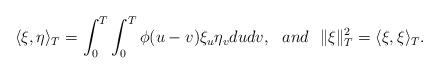
LaTeX: \begin{align*} \langle \xi,\eta \rangle_{T} = \int_0^T \int_0^T \phi(u-v) \xi_{u} \eta_{v} dudv, \ \ and \ \ \| \xi \|_{T}^{2} = \langle \xi,\xi \rangle_{T}.\end{align*}